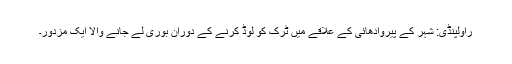
راولپنڈی: شہر کے پیروادھائی کے علاقے میں ٹرک کو لوڈ کرنے کے دوران بوری لے جانے والا ایک مزدور۔